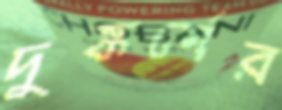
দুষ্কর্মের